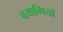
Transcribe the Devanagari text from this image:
बयागियों